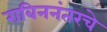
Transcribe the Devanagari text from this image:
राबिननंतरचे